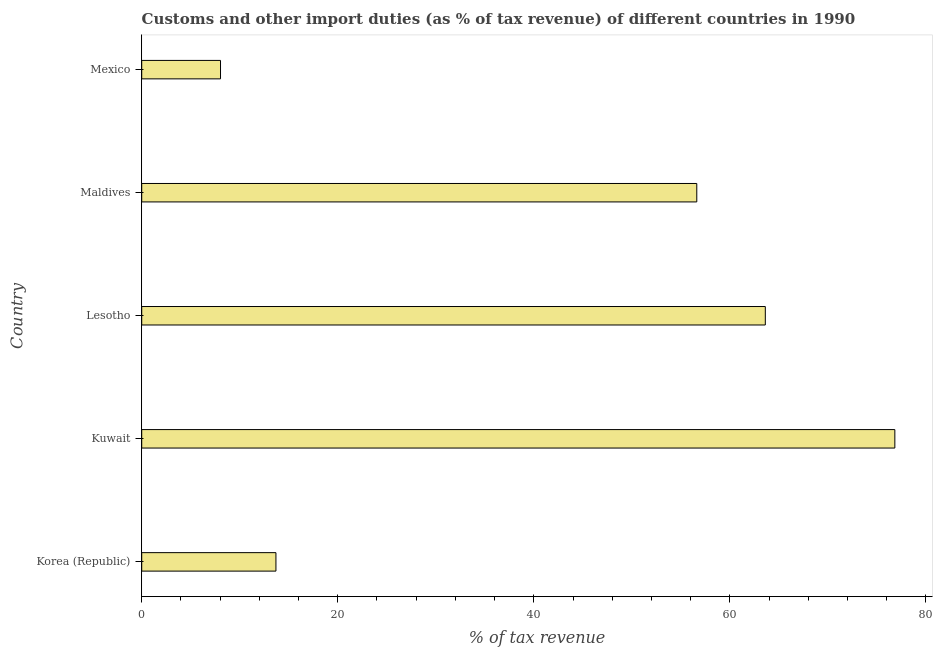
| Country | Customs and other import duties |
 | --- | --- |
 | Korea (Republic) | 13.7 |
 | Kuwait | 76.8 |
 | Lesotho | 63.6 |
 | Maldives | 56.6 |
 | Mexico | 8.04 |